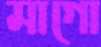
মাগো